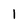
Character: l